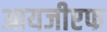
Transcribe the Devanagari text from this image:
आयजीएफ